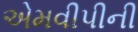
એમવીપીની